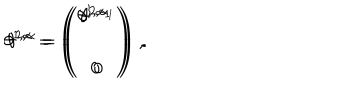
LaTeX: \theta ^ { 1 , \alpha } = \left( \begin{array} { c } { { \theta ^ { 1 , \alpha _ { 1 } } } } \\ { { 0 } } \\ \end{array} \right) \, , \hspace { 1 c m } \theta ^ { 2 , \alpha } = \left( \begin{array} { c } { { \theta ^ { 2 , \alpha _ { 1 } } } } \\ { { 0 } } \\ \end{array} \right) \, .